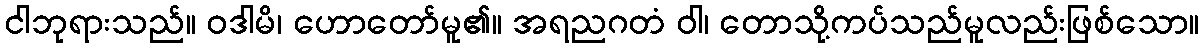
ငါဘုရားသည်။ ဝဒါမိ၊ ဟောတော်မူ၏။ အရညဂတံ ဝါ၊ တောသို့ကပ်သည်မူလည်းဖြစ်သော။